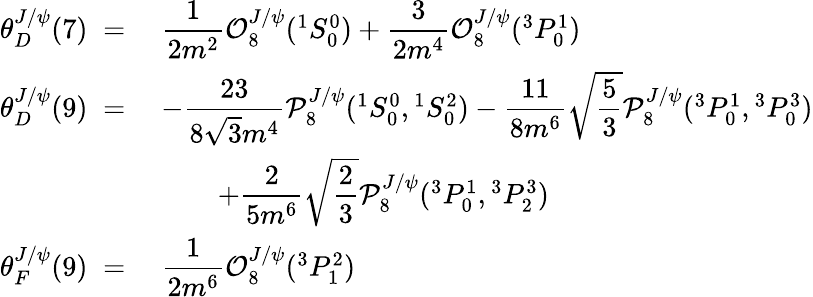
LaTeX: \begin{array}{rl}{{\theta_{D}^{J/\psi}(7)\; =\; }}&{{{\displaystyle{\frac{1}{2m^{2}}}}{\cal O}_{8}^{J/\psi}({}^{1}S_{0}^{0})+{\displaystyle{\frac{3}{2m^{4}}}}{\cal O}_{8}^{J/\psi}({}^{3}P_{0}^{1})}}\\ {{\theta_{D}^{J/\psi}(9)\; =\; }}&{{-{\displaystyle{\frac{23}{8\sqrt 3m^{4}}}}{\cal P}_{8}^{J/\psi}({}^{1}S_{0}^{0},{}^{1}S_{0}^{2})-{\displaystyle{\frac{11}{8m^{6}}}}\sqrt{\displaystyle{\frac{5}{3}}}{\cal P}_{8}^{J/\psi}({}^{3}P_{0}^{1},{}^{3}P_{0}^{3})}}\\ {{}}&{{\qquad+{\displaystyle{\frac{2}{5m^{6}}}}\sqrt{\displaystyle{\frac{2}{3}}}{\cal P}_{8}^{J/\psi}({}^{3}P_{0}^{1},{}^{3}P_{2}^{3})}}\\ {{\theta_{F}^{J/\psi}(9)\; =\; }}&{{{\displaystyle{\frac{1}{2m^{6}}}}{\cal O}_{8}^{J/\psi}({}^{3}P_{1}^{2})}}\end{array}